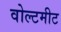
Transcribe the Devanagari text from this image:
वोल्टमीट